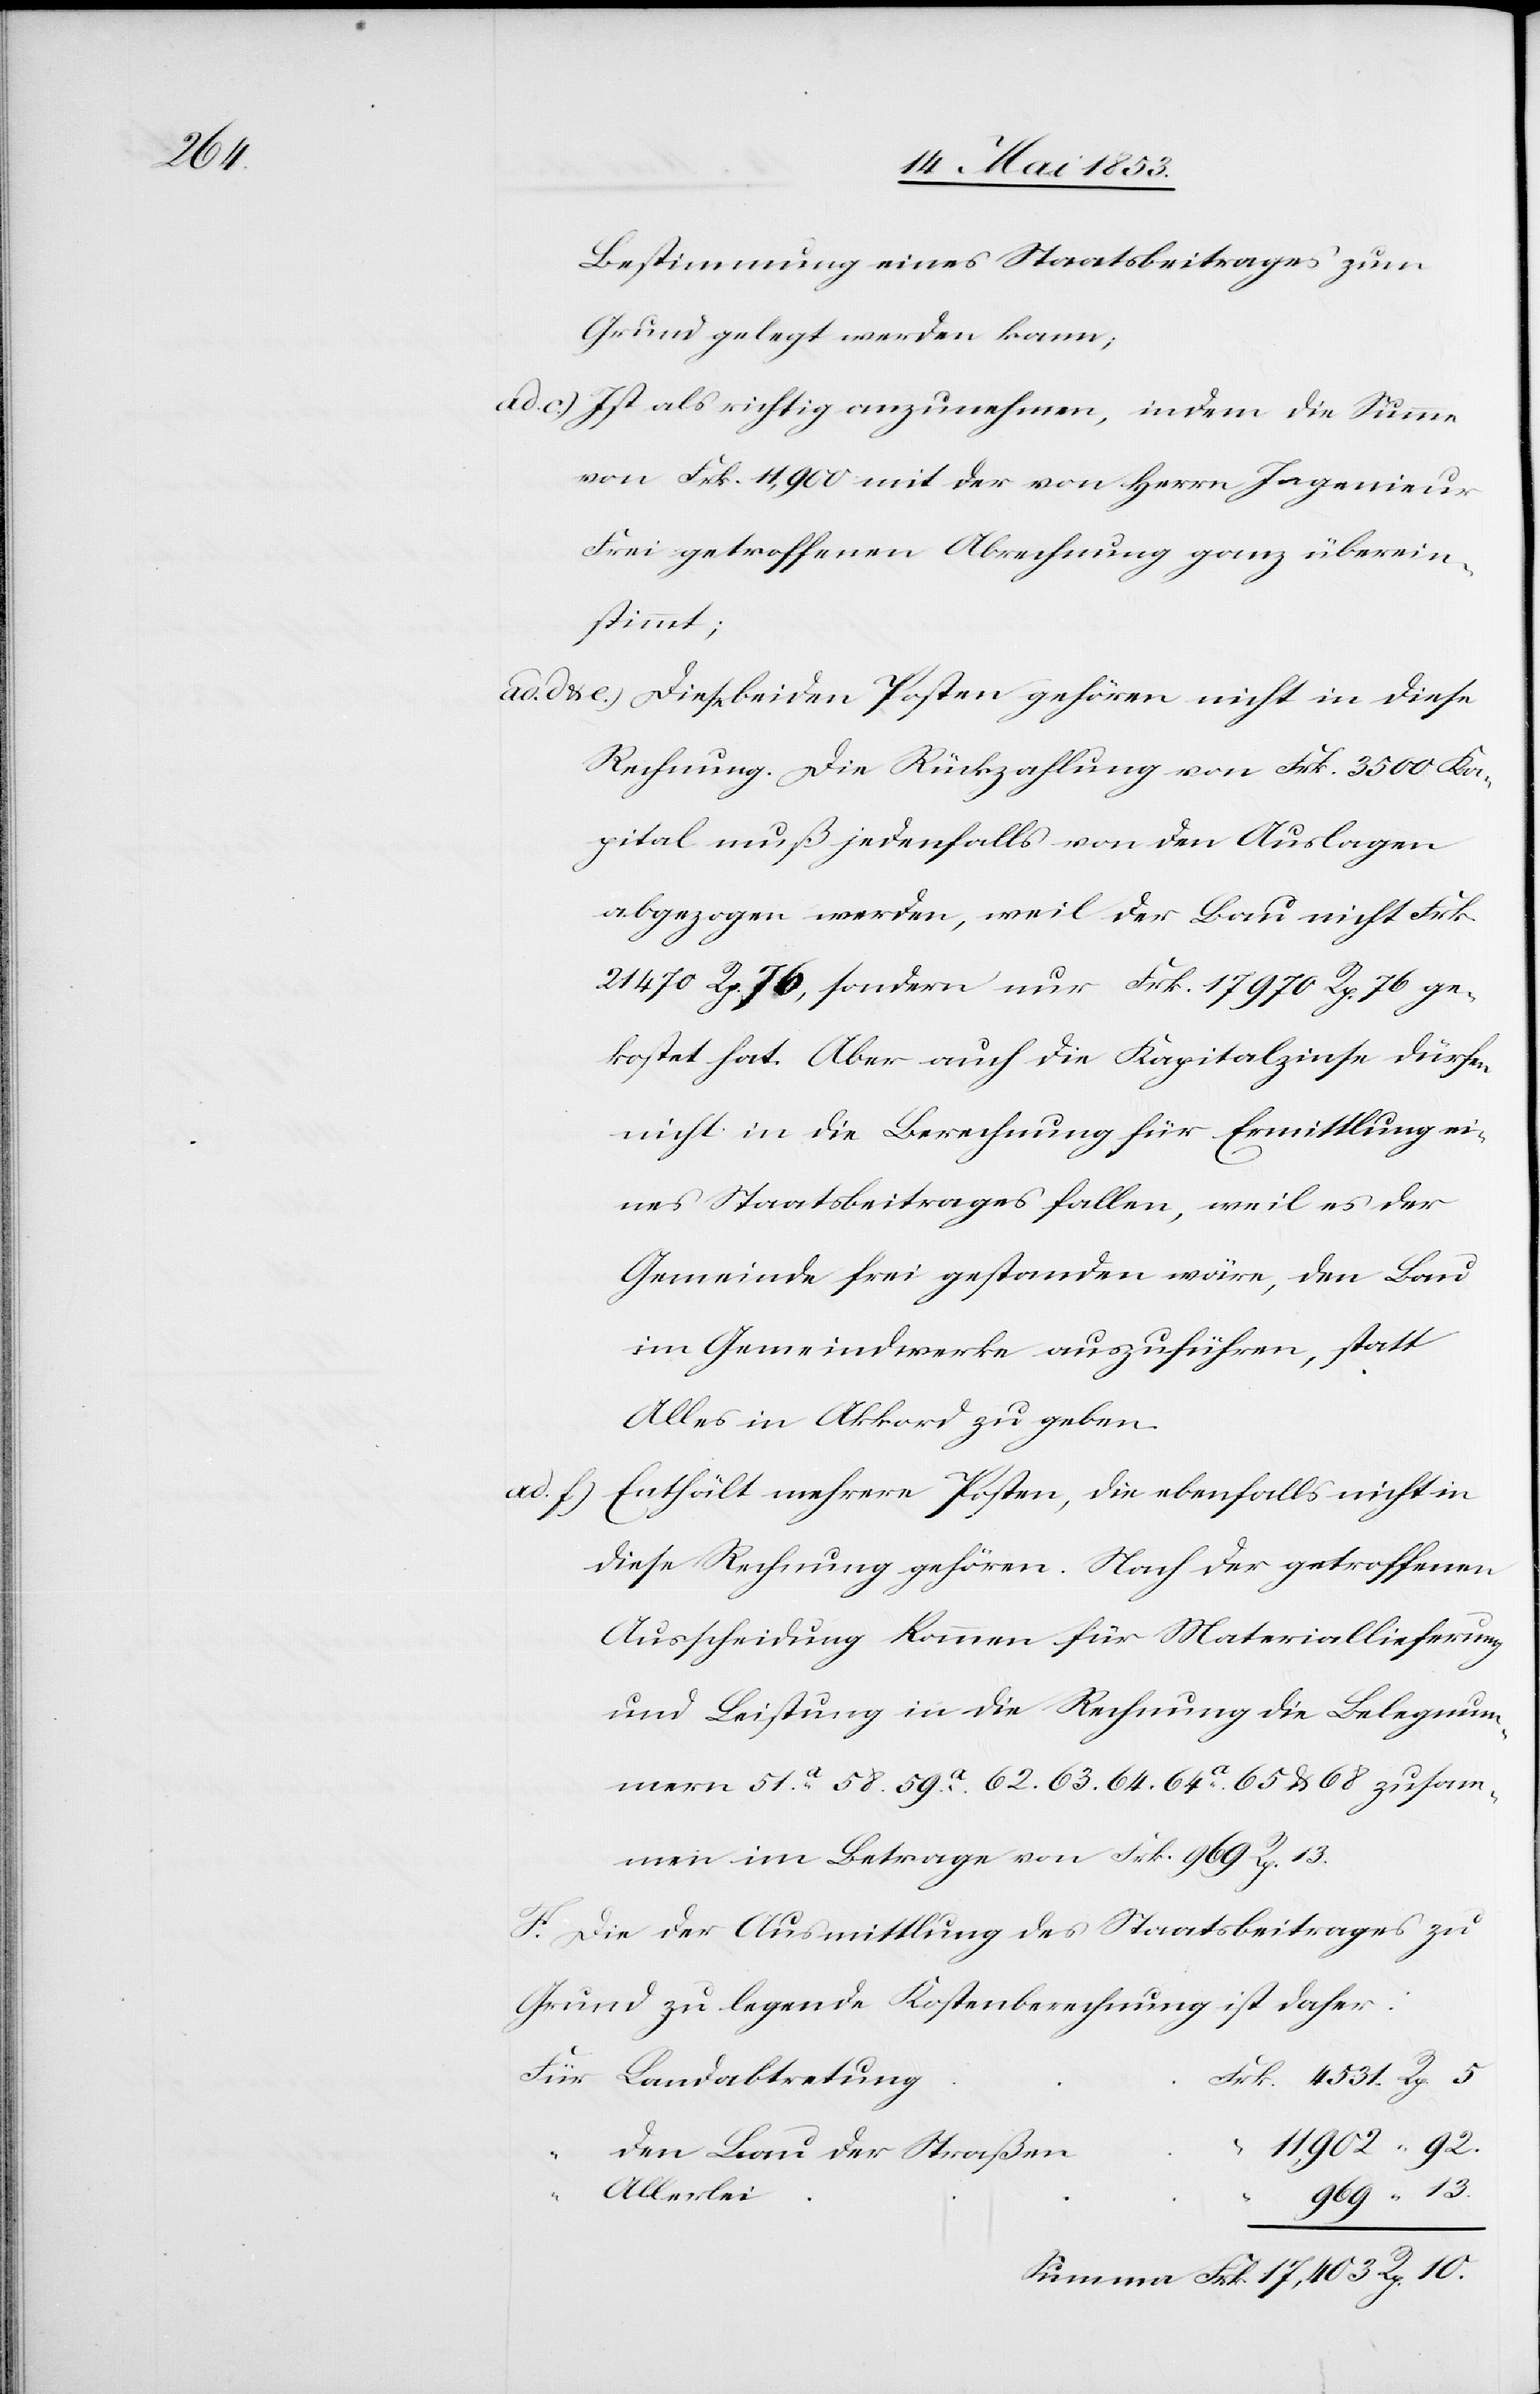
969.

Bestimmung eines Staatsbeitrages zum
Grund gelegt werden kann;
ad c.) Ist als richtig anzunehmen, indem die Summe
von Frk. 11,900 mit der von Herrn Ingenieur
Frei getroffenen Abrechnung ganz überein¬
stimmt;
ad d u. e.) Diese beiden Posten gehören nicht in diese
Rechnung. Die Rückzahlung von Frk. 3500 Ka¬
pital muß jedenfalls von den Auslagen
abgezogen werden, weil der Bau nicht Frk.
21470 Rp. 76, sondern nur Frk. 17970 Rp. 76 ge¬
kostet hat. Aber auch die Kapitalzinse dürfen
nicht in die Berechnung für Ermittlung ei¬
nes Staatsbeitrages fallen, weil es der
Gemeinde frei gestanden wäre, den Bau
im Gemeindwerke auszuführen, statt
Alles in Akkord zu geben.
ad f)
Enthält mehrere Posten, die ebenfalls nicht in
diese Rechnung gehören. Nach der getroffenen
Ausscheidung kommen für Materiallieferung
und Leistung in die Rechnung die Belegnum¬
mern 51a. 58. 59a. 62. 63. 64. 64a. 65 u. 68 zusam¬
men im Betrage von Frk. 969 Rp. 13.
F. Die in der Ausmittlung des Staatsbeitrages zu
Grund liegende Kostenberechnung ist daher:
Rp. 5
Summa Frk. 17,403 Rp. 10.